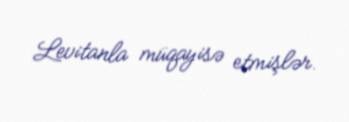
Levitanla müqayisə etmişlər.